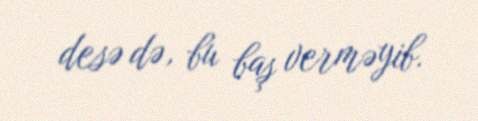
desə də, bu baş verməyib.